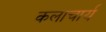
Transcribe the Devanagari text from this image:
कलाचार्य